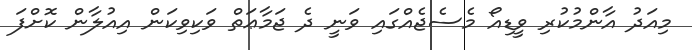
މިއަދު އާންމުކުރި ވީޑިއޯ މެސެޖެއްގައި ވަނީ ދެ ޖަމާޢަތް ވަކިވިކަން އިއުލާން ކޮށްފަ